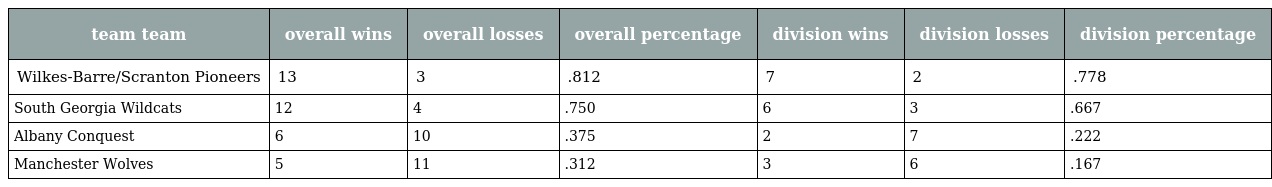
| team team | overall wins | overall losses | overall percentage | division wins | division losses | division percentage |
 | --- | --- | --- | --- | --- | --- | --- |
 | Wilkes-Barre/Scranton Pioneers | 13 | 3 | .812 | 7 | 2 | .778 |
 | South Georgia Wildcats | 12 | 4 | .750 | 6 | 3 | .667 |
 | Albany Conquest | 6 | 10 | .375 | 2 | 7 | .222 |
 | Manchester Wolves | 5 | 11 | .312 | 3 | 6 | .167 |